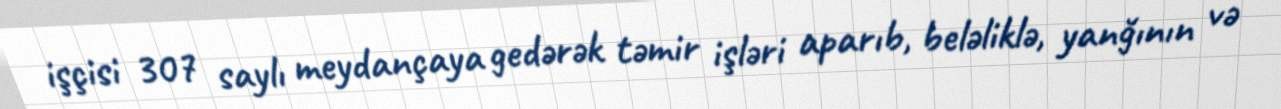
işçisi 307 saylı meydançaya gedərək təmir işləri aparıb, beləliklə, yanğının və